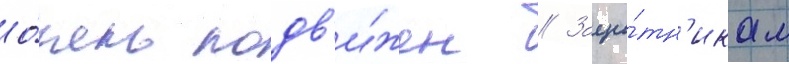
о́чень подв'и́жен // Защи́тн'икам